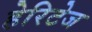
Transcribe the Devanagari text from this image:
हेरिटेज